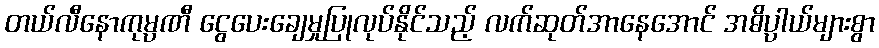
တယ်လီနောကုမ္ပဏီ ငွေပေးချေမှုပြုလုပ်နိုင်သည့် လက်ဆုတ်အာနေအောင် အဓိပ္ပါယ်များစွာ